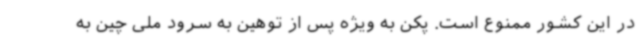
در این کشور ممنوع است. پکن به ویژه پس از توهین به سرود ملی چین به